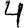
Digit: 4